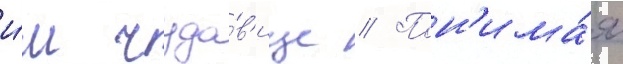
и́м чудо́в'ище // Пон'има́я